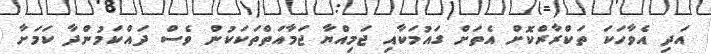
އަދި އެވާހަކަ ތަކްރާރްކޮށް އެތަށް ގައުމަކާއި ޖަމިއްޔާ ޖަމާއަތްތަކަކުން ވެސް ދައްކަމުންދާ ކަމަށާ